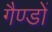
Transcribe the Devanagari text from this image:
गैण्डों